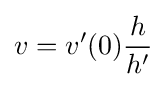
v=v^{\prime }(0){h \over h^{\prime }}